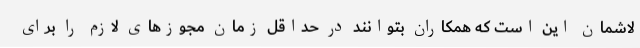
لاشمان این است که همکاران بتوانند در حداقل زمان مجوزهای لازم را برای